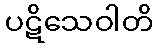
ပဋိသေဝါတိ